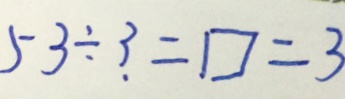
5 3 \div 3 = \square = 3